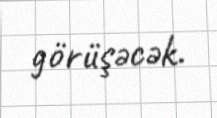
görüşəcək.